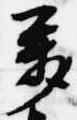
属